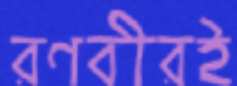
রণবীরই